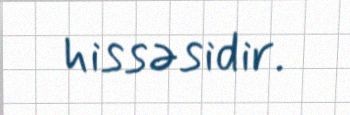
hissəsidir.